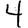
Digit: 4